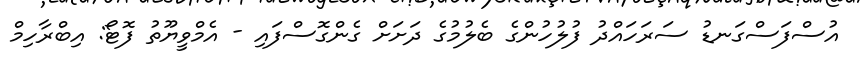
އުސްފަސްގަނޑު ސަރަހައްދު ފުލުހުންގެ ބެލުމުގެ ދަށަށް ގެންގޮސްފައި - އެމްވީޔޫތު ފޮޓޯ: އިބްރާހިމް